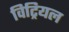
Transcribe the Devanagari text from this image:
विट्रियल